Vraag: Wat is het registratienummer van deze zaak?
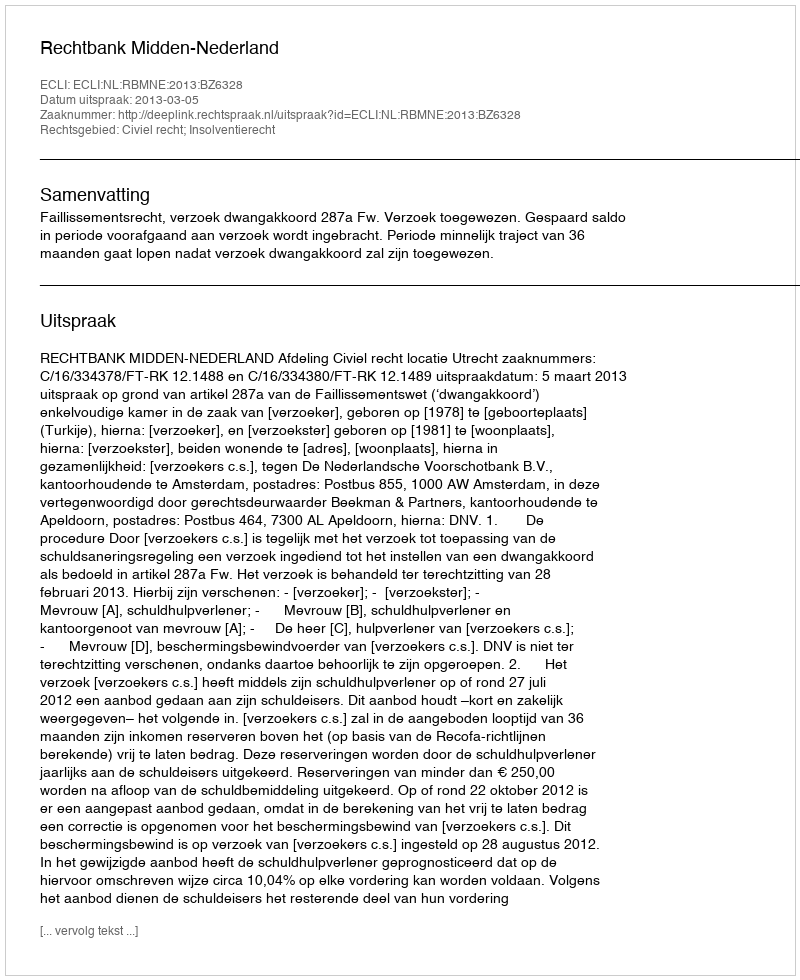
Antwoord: http://deeplink.rechtspraak.nl/uitspraak?id=ECLI:NL:RBMNE:2013:BZ6328